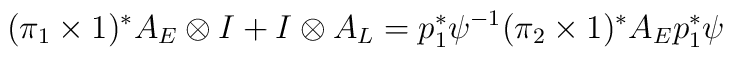
(\pi_1\times 1)^* A_E\otimes I + I\otimes A_L =p_1^*\psi^{-1} (\pi_2\times 1)^* A_E p_1^*\psi